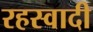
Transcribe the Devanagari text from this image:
रहस्वादी